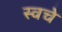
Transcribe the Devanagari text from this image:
स्वचे